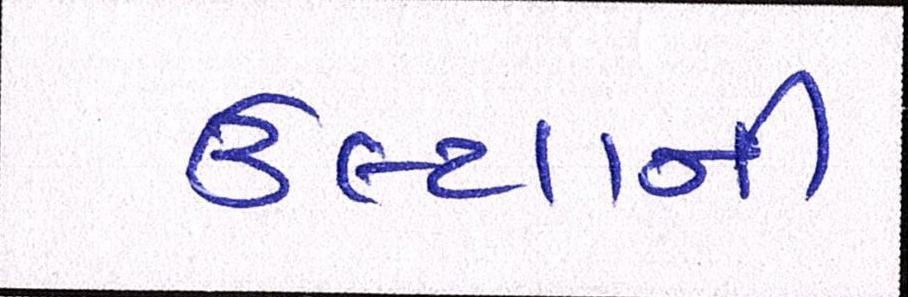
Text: ઉલ્ટાની